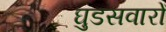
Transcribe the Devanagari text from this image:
घुडसवारों